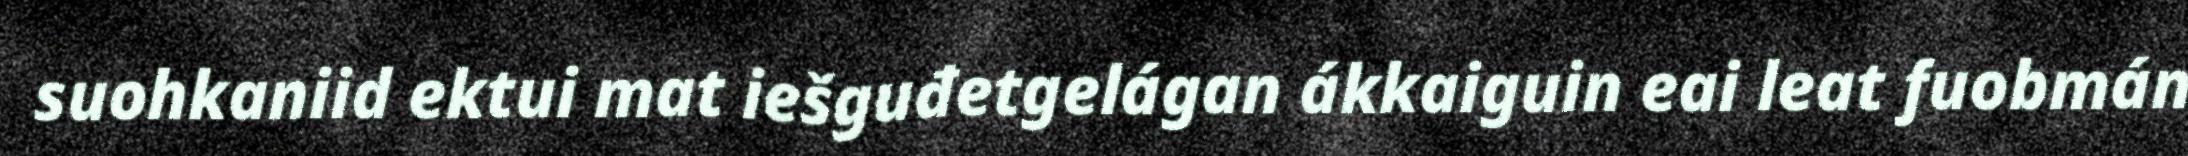
suohkaniid ektui mat iešguđetgelágan ákkaiguin eai leat fuobmán